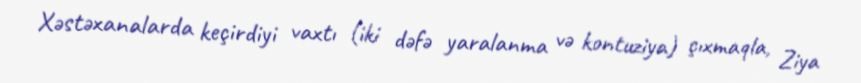
Xəstəxanalarda keçirdiyi vaxtı (iki dəfə yaralanma və kontuziya) çıxmaqla, Ziya